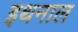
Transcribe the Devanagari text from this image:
इथनाल